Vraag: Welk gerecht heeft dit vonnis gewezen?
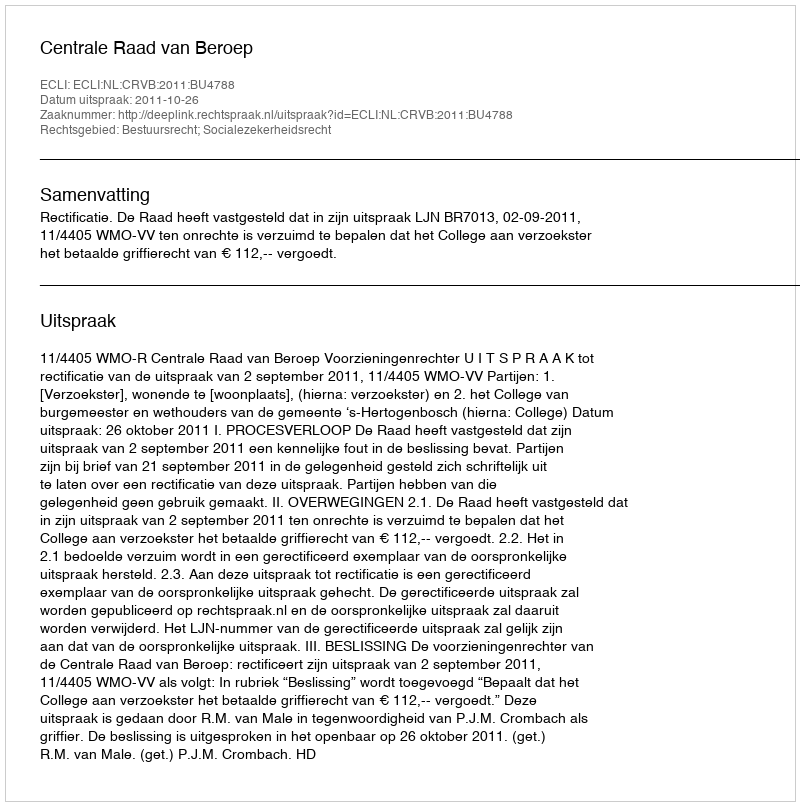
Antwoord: Centrale Raad van Beroep